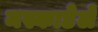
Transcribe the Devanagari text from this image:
मस्काडेले